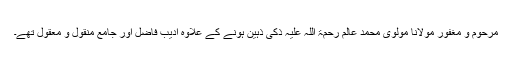
مرحوم و مغفور مولانا مولوی محمد عالم رحمۃ اللہ علیہ ذکی ذہین ہونے کے علاوہ ادیب فاضل اور جامع منقول و معقول تھے۔